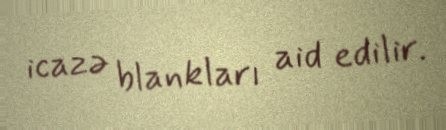
icazə blankları aid edilir.